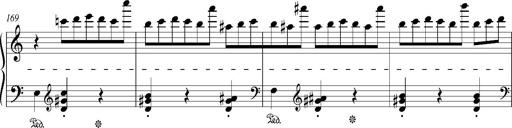
Title: Bagatelle sans tonalitÃ©
Composer: Franz Liszt